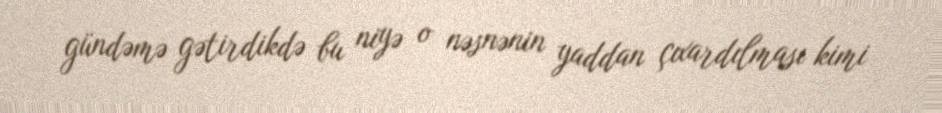
gündəmə gətirdikdə bu niyə o nəsnənin yaddan çıxardılması kimi